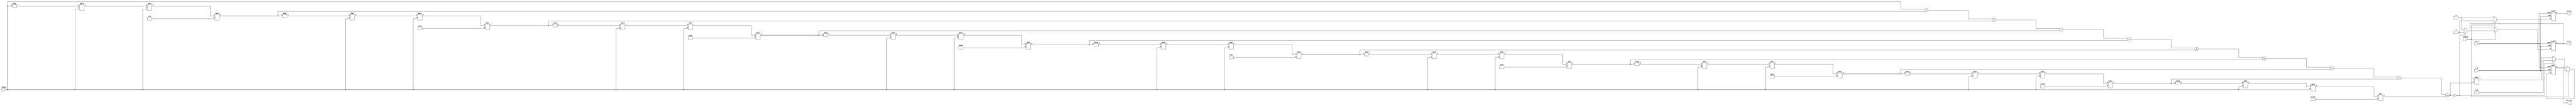
module Cosecant(
    input wire clk,
    input wire rst_n,
    input wire [31:0] angle, // input angle in radians (fixed-point or floating-point)
    input wire enable,
    output reg [31:0] csc_out, // output cosecant value
    output reg valid, // valid signal to indicate if output is ready
    output reg error // error signal for division by zero
);

    // Internal signals
    reg [31:0] sin_value;
    reg [31:0] reciprocal;

    // Sine approximation using Taylor series for small angles
    function [31:0] sin_approx;
        input [31:0] x;
        reg [31:0] term;
        reg [31:0] result;
        integer i;
        begin
            result = x; // Start with x
            term = x; // First term is x
            for (i = 1; i < 10; i = i + 1) begin
                term = -term * x * x / ((2*i) * (2*i + 1)); // Calculate next term
                result = result + term; // Add term to result
            end
            sin_approx = result;
        end
    endfunction

    // Main computation block
    always @(posedge clk or negedge rst_n) begin
        if (!rst_n) begin
            csc_out <= 32'b0;
            valid <= 1'b0;
            error <= 1'b0;
        end
        else if (enable) begin
            // Compute sine value
            sin_value = sin_approx(angle);
            
            // Check for near-zero sine value
            if (sin_value == 32'b0) begin
                csc_out <= 32'b0; // Output a special value (could also be NaN or inf)
                error <= 1'b1; // Set error flag
            end
            else begin
                // Compute reciprocal
                reciprocal = 32'b1_00000000_00000000000000000000000000 / sin_value; // Adjusting for fixed-point representation
                csc_out <= reciprocal;
                error <= 1'b0; // Clear error flag
            end
            
            valid <= 1'b1; // Set valid output signal
        end else begin
            valid <= 1'b0; // Clear valid signal when not enabled
        end
    end

endmodule